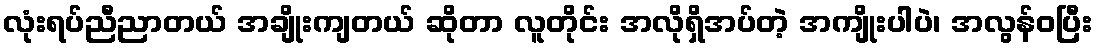
လုံးရပ်ညီညာတယ် အချိုးကျတယ် ဆိုတာ လူတိုင်း အလိုရှိအပ်တဲ့ အကျိုးပါပဲ၊ အလွန်ဝပြီး